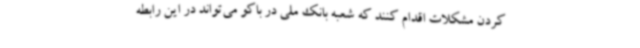
کردن مشکلات اقدام کنند که شعبه بانک ملی در باکو می‌تواند در این رابطه